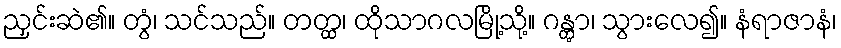
ညှင်းဆဲ၏။ တွံ၊ သင်သည်။ တတ္ထ၊ ထိုသာဂလမြို့သို့။ ဂန္တွာ၊ သွားလေ၍။ နံရာဇာနံ၊